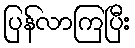
ပြန်လာကြပြီး